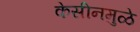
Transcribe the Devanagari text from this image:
केसीनमुळे